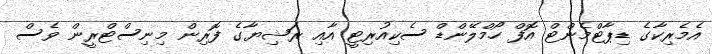
އެމެރިކާގެ ޑިޕާޓްމެންޓް އޮފް ހޯމްލޭންޑް ސެކިއުރިޓީ އާއި ރަޝިޔާގެ ފޮރިން މިނިސްޓްރީން ވެސް